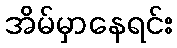
အိမ်မှာနေရင်း